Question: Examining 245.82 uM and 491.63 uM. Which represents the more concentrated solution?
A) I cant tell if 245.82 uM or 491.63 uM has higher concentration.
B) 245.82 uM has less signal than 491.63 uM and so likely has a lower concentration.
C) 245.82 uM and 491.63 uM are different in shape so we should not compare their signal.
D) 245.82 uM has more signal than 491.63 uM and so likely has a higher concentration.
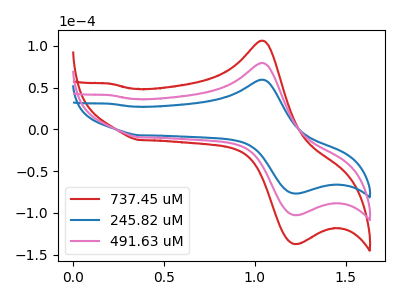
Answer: <think>The red curve "737.45 uM" has an anodic peak at (1.05V, 158.80uA) and a cathodic peak at (1.20V, -205.35uA). The blue curve "245.82 uM" has an anodic peak at (1.05V, 59.40uA) and a cathodic peak at (1.20V, -76.85uA). The pink curve "491.63 uM" has an anodic peak at (1.05V, 79.40uA) and a cathodic peak at (1.20V, -102.70uA).
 All the peaks in "245.82 uM" have a peak in "491.63 uM" at the same potential. Every peak in "245.82 uM" is lower than every peak in "491.63 uM".</think>
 <answer>B) "245.82 uM" has less signal than "491.63 uM" and so likely has a lower concentration.</answer>
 <eval>B</eval>